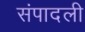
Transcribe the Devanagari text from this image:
संपादली